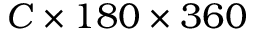
C \times 1 8 0 \times 3 6 0